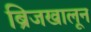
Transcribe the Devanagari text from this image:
ब्रिजखालून